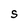
Character: S